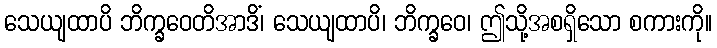
သေယျထာပိ ဘိက္ခဝေတိအာဒိံ၊ သေယျထာပိ၊ ဘိက္ခဝေ၊ ဤသို့အစရှိသော စကားကို။